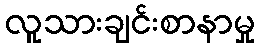
လူသားချင်းစာနာမှု